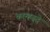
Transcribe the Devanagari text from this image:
कान्हड़दे